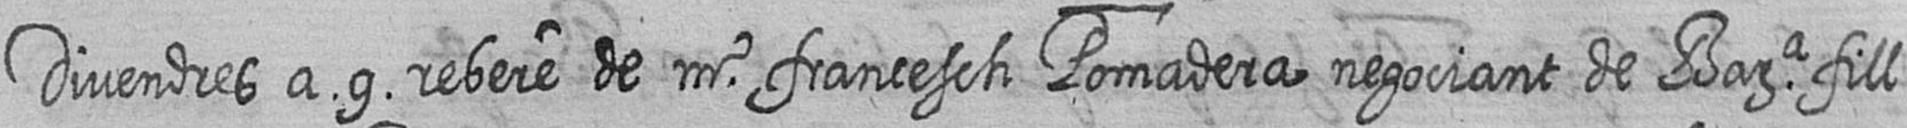
Divendres a 9 rebere de mr francesch Pomadera negociant de Bara fill